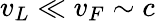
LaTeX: v_{L}\ll v_{F}\sim c